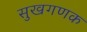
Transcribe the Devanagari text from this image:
सुखगणक